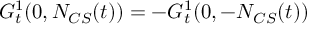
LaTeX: G _ { t } ^ { 1 } ( 0 , N _ { C S } ( t ) ) = - G _ { t } ^ { 1 } ( 0 , - N _ { C S } ( t ) )